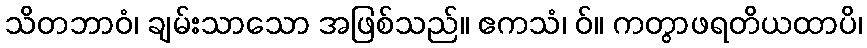
သိတဘာဝံ၊ ချမ်းသာသော အဖြစ်သည်။ ဧကသံ၊ ဝ်။ ကတွာဖရတိယထာပိ၊